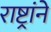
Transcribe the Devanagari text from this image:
राष्ट्रांने